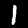
Digit: 1